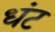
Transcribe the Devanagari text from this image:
धंट